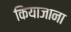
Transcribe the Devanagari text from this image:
कियाजाना